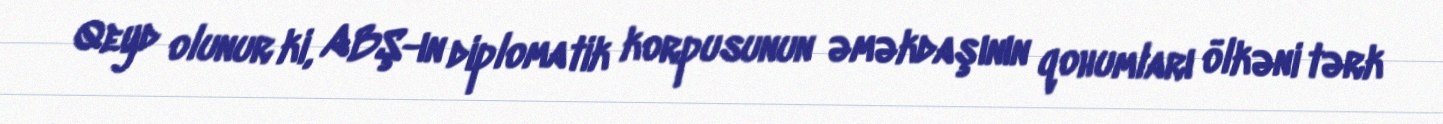
Qeyd olunur ki, ABŞ-ın diplomatik korpusunun əməkdaşının qohumları ölkəni tərk